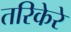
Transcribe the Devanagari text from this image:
तरिकेरे